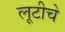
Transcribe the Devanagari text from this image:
लूटीचे